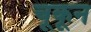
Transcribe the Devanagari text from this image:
चूकून